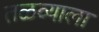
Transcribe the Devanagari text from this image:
तळव्याला